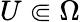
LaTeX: U\Subset\Omega